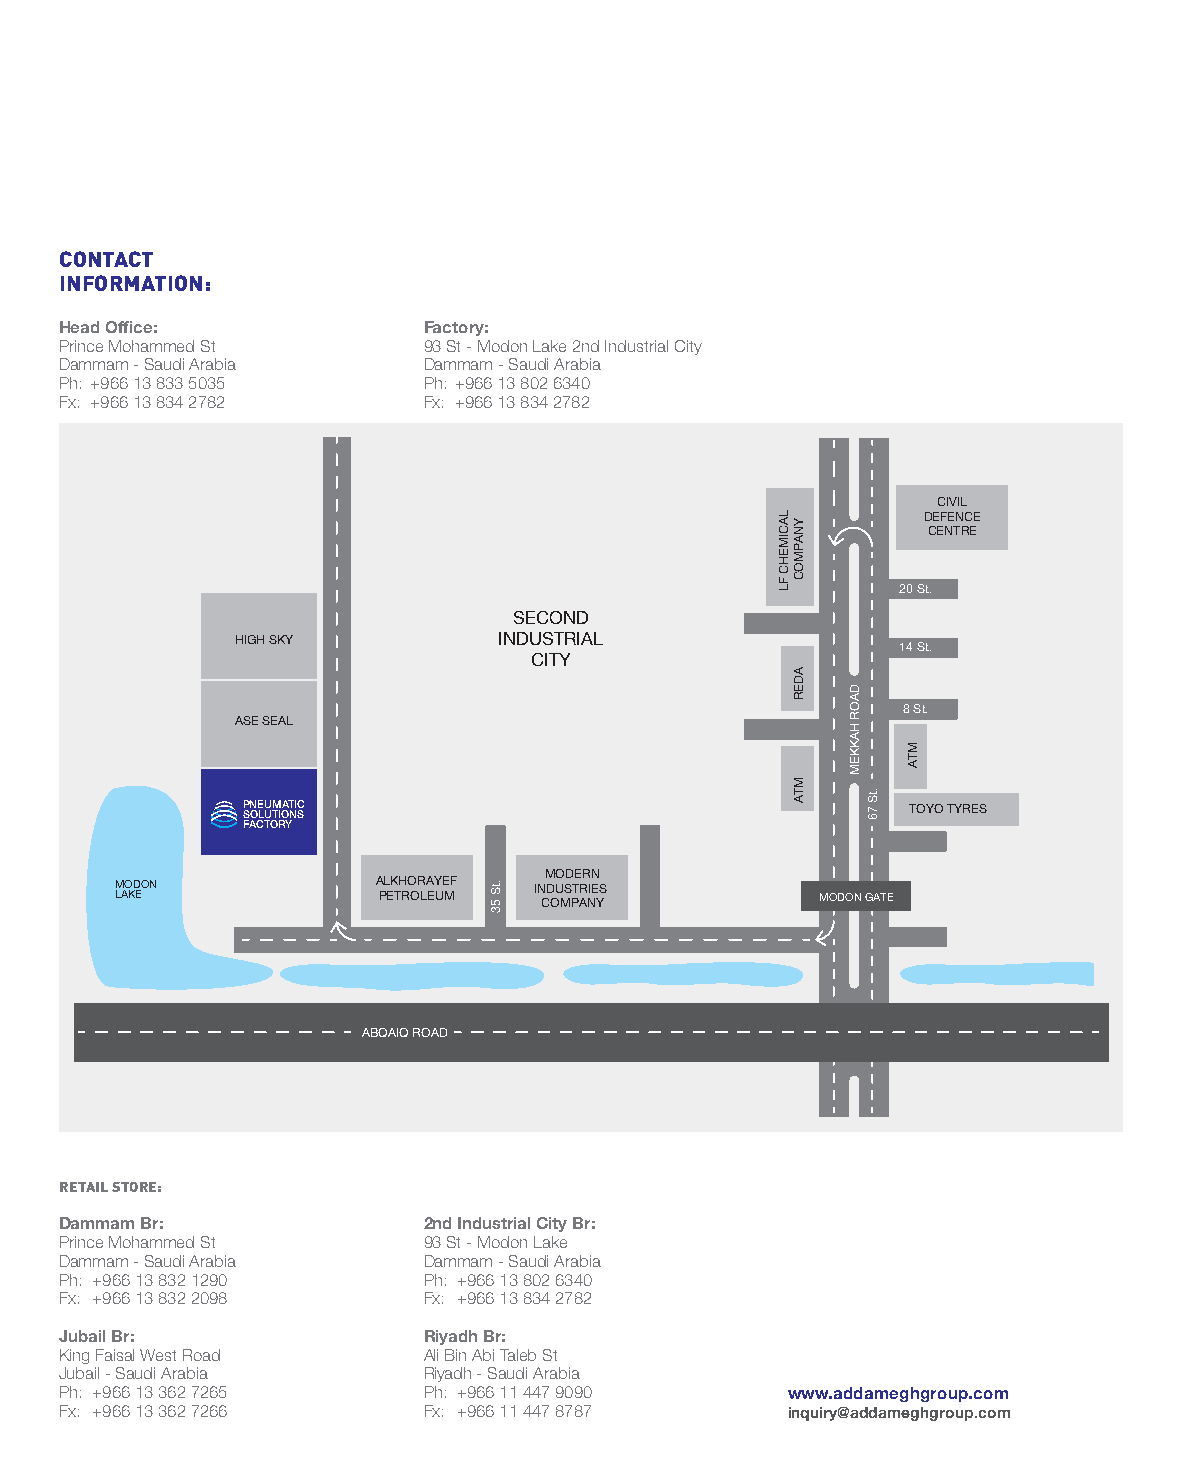
cOntAct
 inFOrMAtiOn:
 Head Office:            Factory:
 Prince Mohammed St      93 St - Modon Lake 2nd Industrial City
 Dammam - Saudi Arabia   Dammam - Saudi Arabia
 Ph: +966 13 833 5035    Ph: +966 13 802 6340
 Fx: +966 13 834 2782    Fx: +966 13 834 2782
 CIVIL
 DEFENCE
 CENTRE
 20 St.
 SECOND
 HIGH SKY         INDUSTRIAL
 14 St.
 CITY
 8 St.
 ASE SEAL
 PNEUMATIC                                   TOYO TYRES SOLUTIONS
 FACTORY
 MODERN
 MODON            ALKHORAYEF INDUSTRIES
 LAKE             PETROLEUM  COMPANY           MODON GATE
 ABQAIQ ROAD
 retAiL stOre:
 Dammam Br:              2nd Industrial City Br:
 Prince Mohammed St      93 St - Modon Lake
 Dammam - Saudi Arabia   Dammam - Saudi Arabia
 Ph: +966 13 832 1290    Ph: +966 13 802 6340
 Fx: +966 13 832 2098    Fx: +966 13 834 2782
 Jubail Br:              Riyadh Br:
 King Faisal West Road   Ali Bin Abi Taleb St
 Jubail - Saudi Arabia   Riyadh - Saudi Arabia
 Ph: +966 13 362 7265    Ph: +966 11 447 9090    www.addameghgroup.com
 Fx: +966 13 362 7266    Fx: +966 11 447 8787    inquiry@addameghgroup.com
 .tS
 53
 LACIMEHC
 FL
 YNAPMOC
 ADER
 MTA
 DAOR
 HAKKEM
 .tS
 76
 MTA